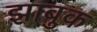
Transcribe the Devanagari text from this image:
झाबुक